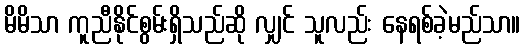
မိမိသာ ကူညီနိုင်စွမ်းရှိသည်ဆို လျှင် သူလည်း နေရစ်ခဲ့မည်သာ။